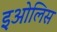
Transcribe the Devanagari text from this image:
इओलिस